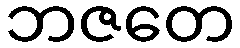
ဘဇတေ